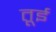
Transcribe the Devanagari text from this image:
तूई